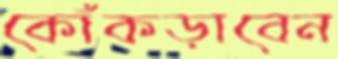
কোঁকড়াবেন